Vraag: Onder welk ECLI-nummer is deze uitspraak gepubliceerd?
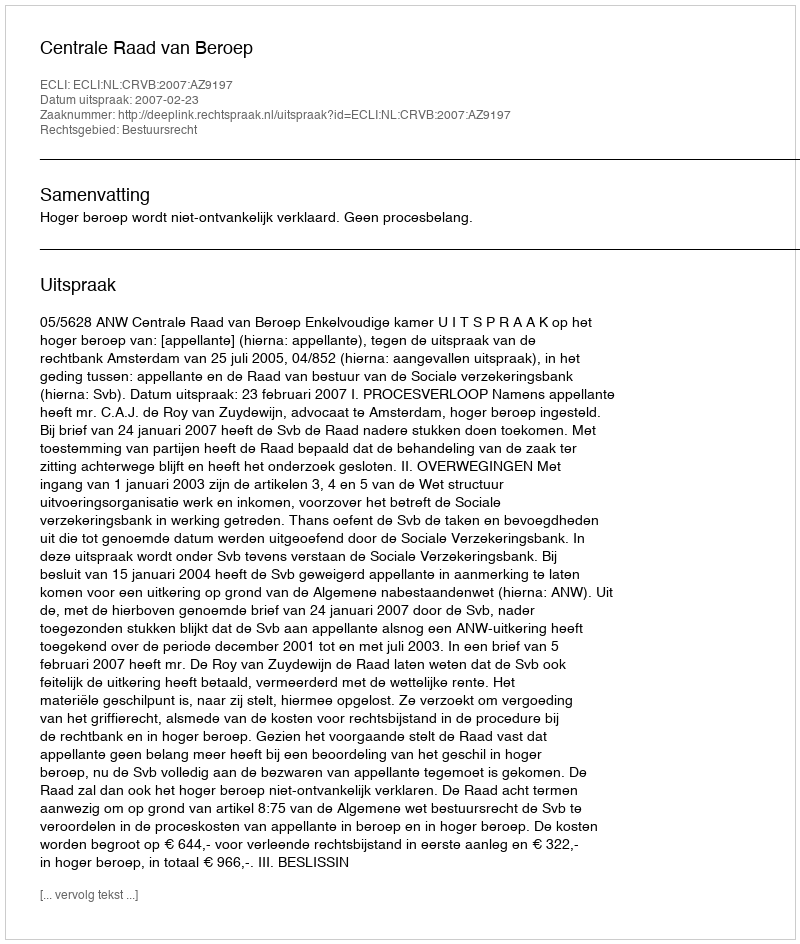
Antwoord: ECLI:NL:CRVB:2007:AZ9197